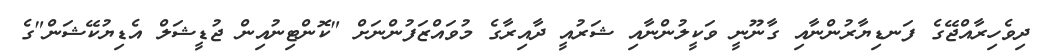
ދިވެހިރާއްޖޭގެ ފަނޑިޔާރުންނާއި ގާނޫނީ ވަކީލުންނާއި ޝަރުއީ ދާއިރާގެ މުވައްޒަފުންނަށް "ކޮންޓިނުއިން ޖުޑީޝަލް އެޑިޔުކޭޝަން"ގެ